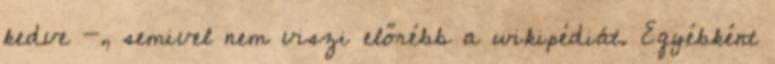
kedve -, semivel nem viszi előrébb a wikipédiát. Egyébként